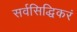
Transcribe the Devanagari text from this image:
सर्वसिद्धिकरं